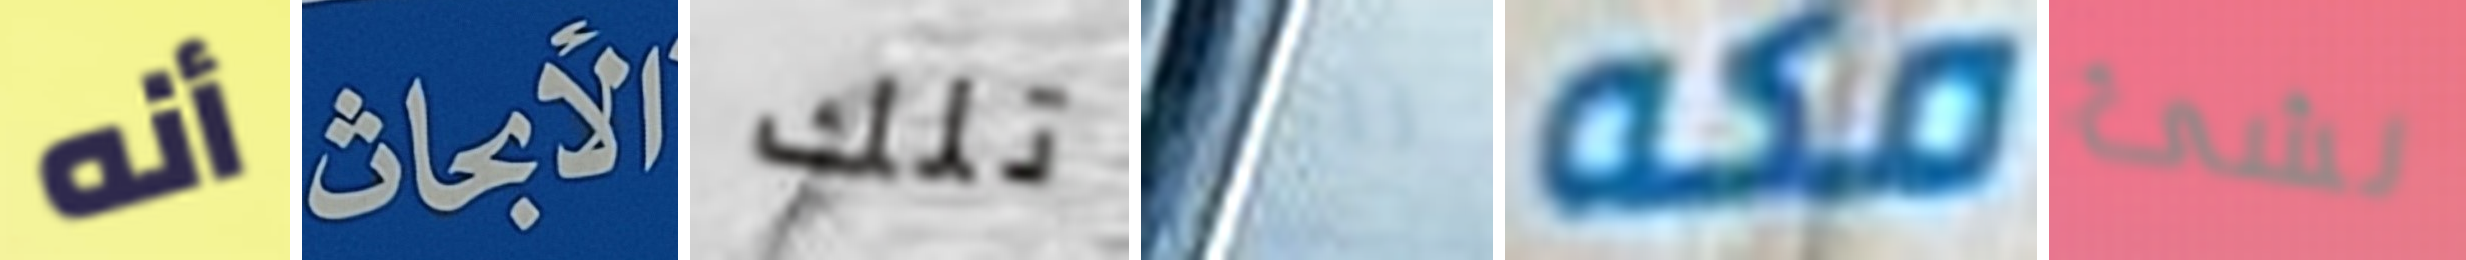
أنه الأبحاث تلك راية مكه لشئ